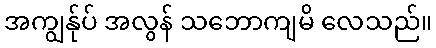
အကျွန်ုပ် အလွန် သဘောကျမိ လေသည်။